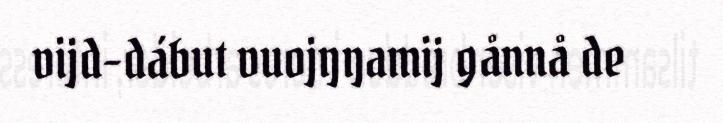
vijd-dábut vuojŋŋamij gånnå de